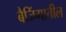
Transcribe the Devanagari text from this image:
बैजिंगातील